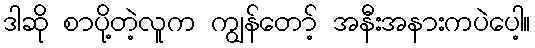
ဒါဆို စာပို့တဲ့လူက ကျွန်တော့် အနီးအနားကပဲပေါ့။